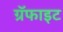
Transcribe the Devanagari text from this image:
ग्रॅफाइट